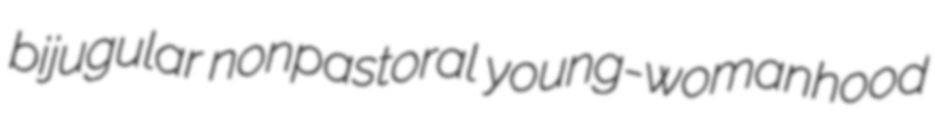
bijugular nonpastoral young-womanhood